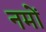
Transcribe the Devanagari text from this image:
नमों